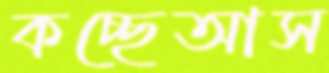
কচ্ছেআস